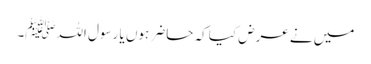
میں نے عرض کیا کہ حاضر ہوں یا رسول اللہﷺ۔